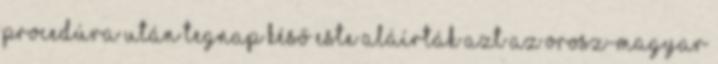
procedúra után tegnap késő este aláírták azt az orosz-magyar